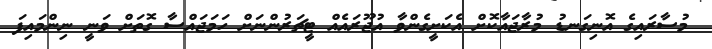
މުސާރައިގެ އޮނިގަނޑު މުރާޖައާކޮށް އެކަށީގެންވާ އުޖޫރައެއް ޓީޗަރުންނަށް ހަމަޖައްސާ ގޮތަށް ވަނީ ނިންމައިފަ